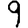
Digit: 9